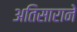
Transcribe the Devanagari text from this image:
अतिसाराने